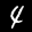
Label: 4